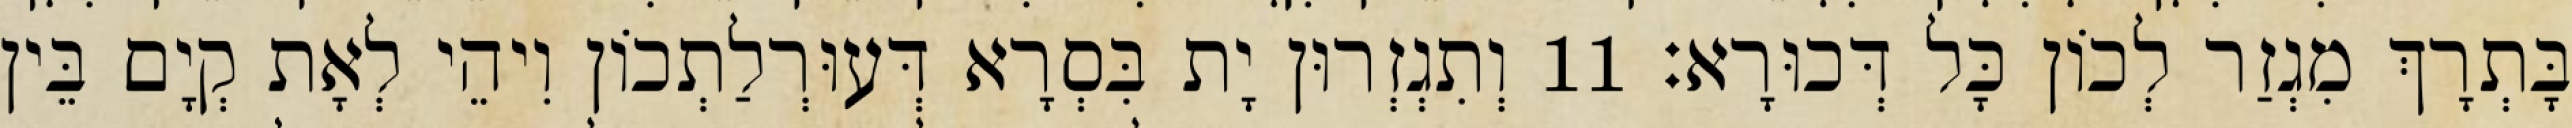
בָּתְרָךְ מִגְזַר לְכוֹן כָּל דְּכוּרָא׃ 11 וְתִגְזְרוּן יָת בִּסְרָא דְּעוּרְלַתְכוֹן וִיהֵי לְאָת קְיָם בֵּין